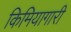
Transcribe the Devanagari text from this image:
किमियागारी